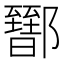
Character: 𨟕